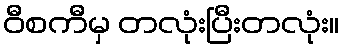
ဝီစကီမှ တလုံးပြီးတလုံး။